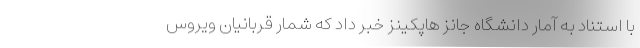
با استناد به آمار دانشگاه جانز هاپکینز خبر داد که شمار قربانیان ویروس